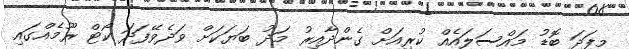
މިފަދަ ބޮޑު މައްސަލައެއް ކުރިއަށް ގެންދާއިރު މަދު ބަޔަކަށް ވަދެވޭފަދަ ކޯޓް ރޫމެއްގައި